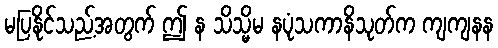
မပြနိုင်သည့်အတွက် ဤ န သိသ္မိမ နပုံသကာနိသုတ်က ကျကျနန